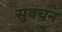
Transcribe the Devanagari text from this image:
सुवचन